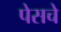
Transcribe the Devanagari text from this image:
पेसचे